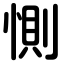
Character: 惻